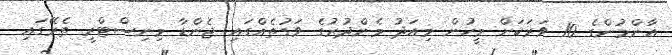
އާންމުންގެ 10 ވަރަކަށް މީހުން މިއަދު މެންދުރުގެ ވަގުތެއްގައި ޖެންޑާ މިނިސްޓްރީ ތެރޭގައި